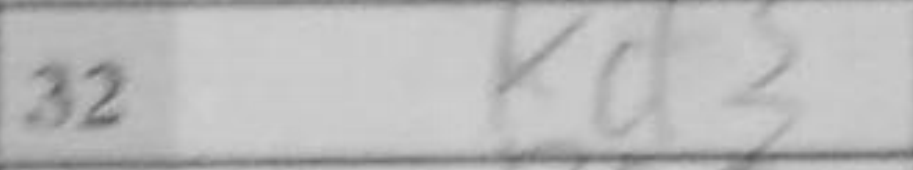
Transcription: Kd3